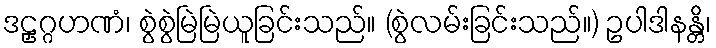
ဒဠှဂ္ဂဟဏံ၊ စွဲစွဲမြဲမြဲယူခြင်းသည်။ (စွဲလမ်းခြင်းသည်။) ဥပါဒါနန္တိ၊